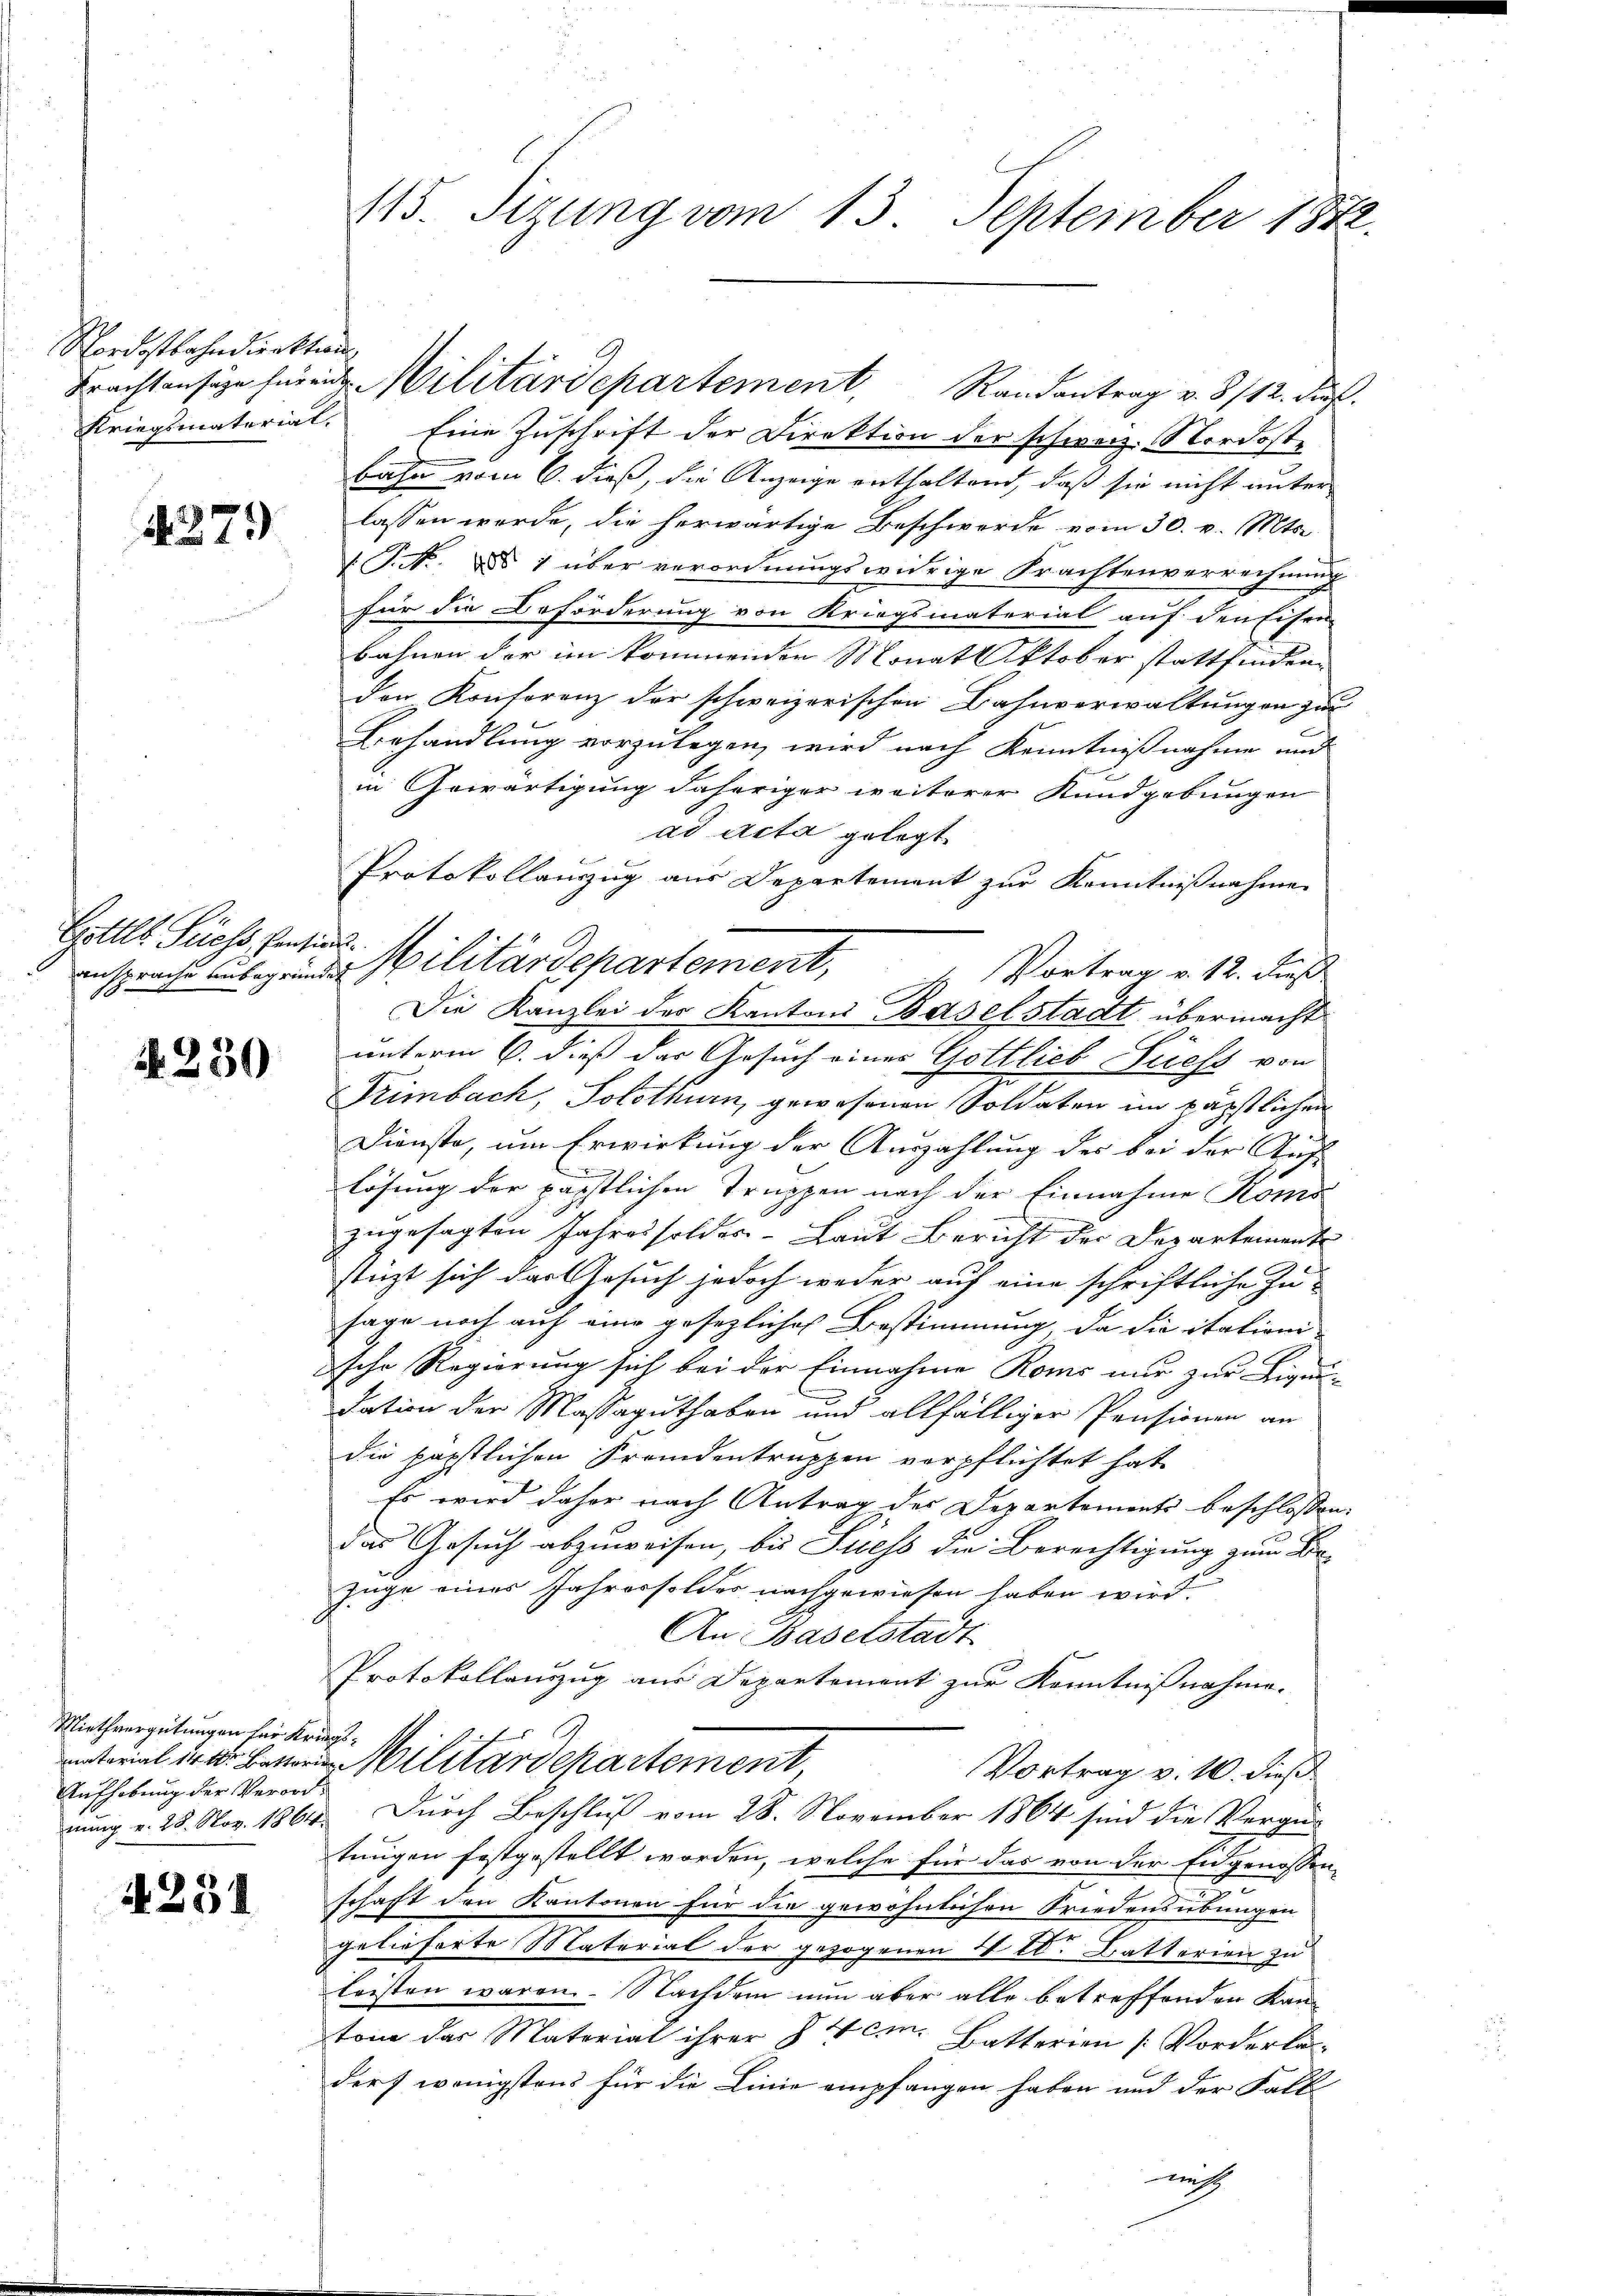
Nordostbahndienktan

4279

Gottl. Suchs, Pensinn

N 230

Miethvergütungen für Kriegs¬
Aufhebung der Verord¬

4251

Kriegsmaterial. Eine Zuschrift der Direktion der schweiz. Nordostbahn vom 6. dieß, die Anzeige enthaltend, daß sie nicht unter
lassen werde, die herwärtige Beschwerde vom 30. v. Mts.
T.No. § 1 über verordnungswidrige Frachtenverrechnung
für die Beförderung von Kriegsmaterial auf den Eisen
bahnen der im kommenden Monat Oktober stattfinden
den Konsorenz der schweizerischen Bahnverwaltungen zur
Behandlung vorzulegen, wird nach Kenntnißnahme und
in Gewärtigung daheriger weiterer Kundgebungen
ad acta gelegt.
Protokollauszug aus Departement zur Kenntnißnahme
Vortrag v. 12. dieß
Die Kanzlei der Kantons Baselstadt übermacht
unterm 6. dieß der Gesuch eines Gottlieb Siehs von
Trimbach, Solothurn, gewesenen Soldaten im päpstlichen
Dienste, um Erwirkung der Auszahlung des bei der Auflösung der päpstlichen Truppen nach der Einnahme Koms
zugesagten Jahres solder-Laut Bericht der Departemente
stüzt sich dart Gesuch jedoch weder auf eine schriftliche Zu-
sage noch auf eine gesezliches Bestimmung, da die itationische Regierung sich bei der Einnahme Roms nur zur Liquidation der Massaguthaben und allfälliger Pensionen an
die päpstlichen Fremdentruppen verpflichtet hat,
Es wird daher nach Antrag des Departements beschlossen,
das Gesuch abzuweisen, bis Suess die Berechtigung zum Be¬
Zuge eines Jahressoldes nachgewiesen haben wird.
An Baselstadt
Protokollauszug aus Departement zur Kenntnißnahme.
material in der Bester Militärdepartement
Vortrag v. 10. dieß
nung v. 28. Nov. 1864. Durch Beschluß vom 28. November 1864 sind die Vergü
tungen festgestellt worden, welche für das von der Eidgenossenschaft den Kantonen für die gewöhnlichen Friedensübungen
gelieferte Material der gezogenen 4 l. Batterien zu
leisten waren. Nachdem nun aber alle betreffenden Kan-
tom das Material ihrer § 4 cm. Batterien [Vorderla
darf wenigstens für die Linie empfangen haben und der Fall
nicht

113. Sitzung vom 13. September 1872.

ansprache anbegründe Militärdepartement,

Brachtansige heren Militärdepartement, Randantrag v. 8/12. Fuß.